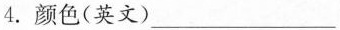
4. 颜色(英文)___